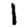
Digit: 1